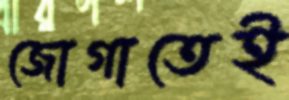
জোগাতেই